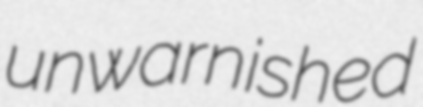
unwarnished